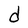
Character: d